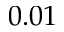
0 . 0 1